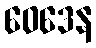
ဝေဒေန